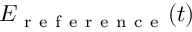
E _ { \mathrm { ~ r ~ e ~ f ~ e ~ r ~ e ~ n ~ c ~ e ~ } } ( t )